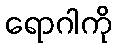
ရောဂါကို